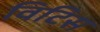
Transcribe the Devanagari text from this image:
विटिस